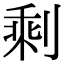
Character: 剩